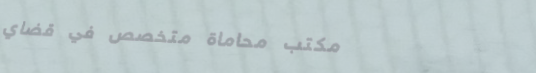
مكتب محاماة متخصص في قضاي